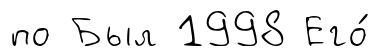
по Был 1998 Его́